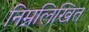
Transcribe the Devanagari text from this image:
निम्नलिखित